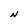
Character: N